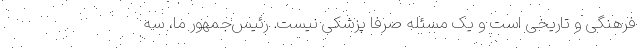
فرهنگی و تاریخی است و یک مسئله صرفاً پزشکی نیست. رئیس‌جمهور ما، سه